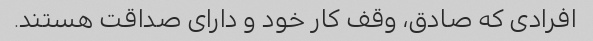
افرادی که صادق، وقف کار خود و دارای صداقت هستند.